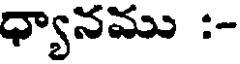
ధ్యానము :-